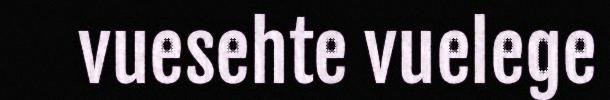
vuesehte vuelege